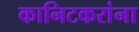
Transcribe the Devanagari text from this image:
कानिटकरांना